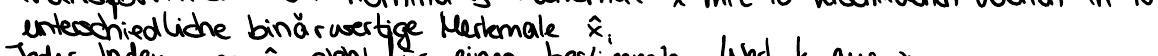
unterschiedliche binärwertige Merkmale x